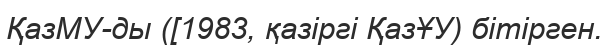
ҚазМУ-ды ([1983, қазіргі ҚазҰУ) бітірген.